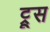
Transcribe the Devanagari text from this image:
ट्रूस